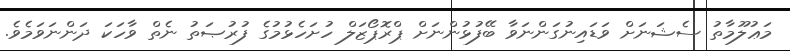
މަޢުލޫމާތު ސެޝަނަށް ވަޑައިނުގަންނަވާ ބޭފުޅުންނަށް ޕްރޮޕޯޒަލް ހުށަހެޅުމުގެ ފުރުޞަތު ނެތް ވާހަކަ ދަންނަވަމެވެ.